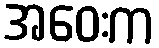
အဝေးက